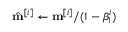
\hat { \mathbf { m } } ^ { [ i ] } \leftarrow \mathbf { m } ^ { [ i ] } / ( 1 - \beta _ { 1 } ^ { i } )